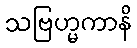
သဗြဟ္မကာနိ